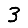
Digit: 3